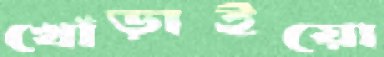
খোঁড়াইয়ো